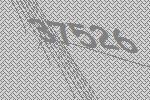
37526